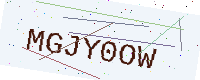
Text: MGJY0OW